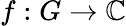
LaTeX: f:G\to\mathbb{C}